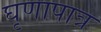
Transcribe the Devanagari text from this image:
घृणापात्र